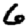
Digit: 6